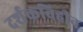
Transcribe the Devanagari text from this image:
दर्शकविहीन